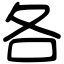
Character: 各